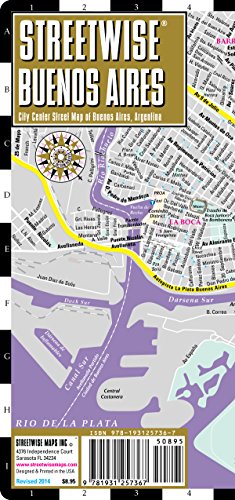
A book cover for Streetwise Buenos Aires Map - Laminated City Center Street Map of Buenos Aires, Argentina; Streetwise Maps; Travel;